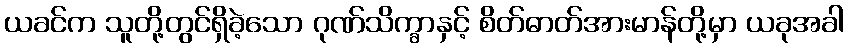
ယခင်က သူတို့တွင်ရှိခဲ့သော ဂုဏ်သိက္ခာနှင့် စိတ်ဓာတ်အားမာန်တို့မှာ ယခုအခါ